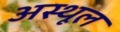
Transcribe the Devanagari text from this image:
अस्थूल